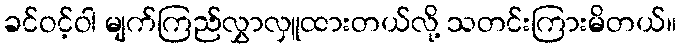
ခင်ဝင့်ဝါ မျက်ကြည်လွှာလှူထားတယ်လို့ သတင်းကြားမိတယ်။